Report on vaccination in Madras 1895-1903 - 1895-1903
Year: 1895
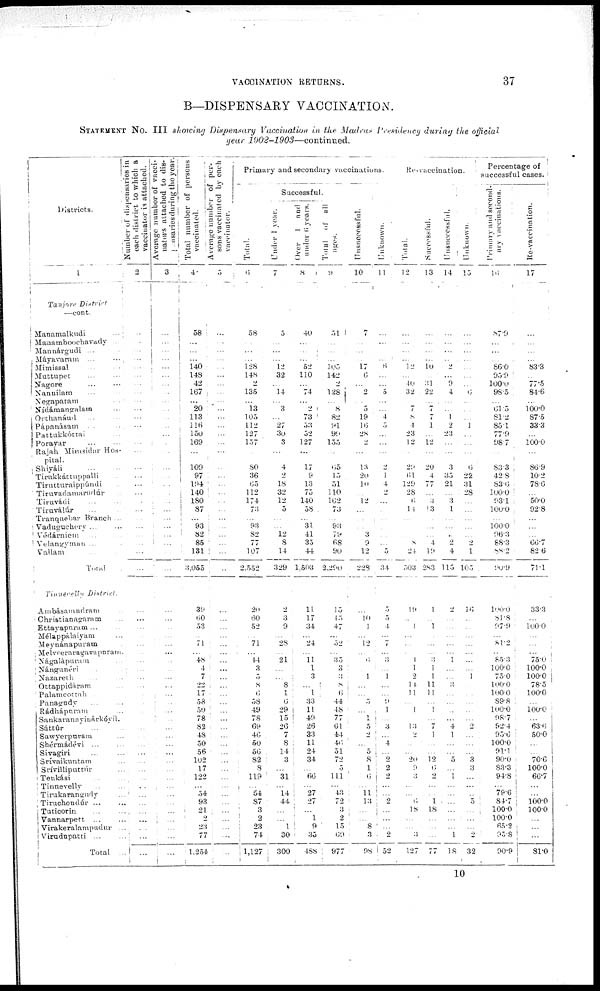
VACCINATION RETURNS.
37
B—DISPENSARY VACCINATION.
STATEMENT No. III showing Dispensary Vaccination in the Madras Presidency during the official
year
1902-1903—continued.
Districts.
1
Tanjore District
—cont.
Manamalkudi
...
Manamboochavady ...
Mannárgudi ... ...
Máyavaram ... ...
Mimissal ... ...
Muttupet ... ...
Nagore
...
...
Nannilam ... ...
Negapatam ...
Nídámangalam ... ...
Orthanáud ... ...
Pápanásam ... ...
Pattukkóttai ... ...
Porayar
...
...
Rajah Mirasidar Hos-
pital.
Shiyáli ... ...
Tirukkáttuppalli ...
Tirutturaippúndi ...
Tiruvadamarudúr ...
Tiruvádi ... ...
Tiraválúr ... ...
Tranquebar Branch ...
Vaduguchery ... ...
Védárniem ... ...
Velangyman ... ...
Vallam ... ...
Total ...
Tinnevelly
District.
Ambásamndram ...
Christianagaram ...
Ettayapuram ... ...
Mélappálaiyarm ...
Meynánapuram ...
Melveeraragavapuram .
Nágalápuram ... ...
Nángunéri ... ...
Nazareth ... ...
Ottappidáram ...
Palamcottah ... ...
Panagudy ... ...
Rádhápuram ... ...
Sankaranayinárkóyil.
Sáttúr ... ...
Sawyerpuram ...
Shérmádévi ... ...
Sivagiri ... ...
Srívaikuntam ...
Srívilliputtúr ... ...
Tenkási ... ...
Tinnevelly ... ...
Tirukarangudy ...
Tiruchendúr ... ...
Tuticorin ... ...
Vannarpett ... ...
Virakeralampudur ...
Virudupatti ... ...
Total
...
Number of dispensaries in
each district to which a
vaccinator is attached.
2
...
...
...
...
...
...
...
...
...
...
...
...
...
...
...
...
...
...
...
...
...
...
...
...
...
...
...
...
...
...
...
...
...
...
...
...
...
...
...
...
...
...
...
...
...
...
...
...
...
...
...
...
...
...
...
...
Average number of vacci-
nators attached to dis-
pensaries during the year.
3
...
...
...
...
...
...
...
...
...
...
...
...
...
...
...
...
...
...
...
...
...
...
...
...
...
...
...
...
...
...
...
...
...
...
...
...
...
...
...
...
...
...
...
...
...
...
...
...
...
...
...
...
...
...
...
...
Total number of persons
vaccinated.
4
58
...
...
...
140
148
42
167
...
20
113
116
150
169
...
109
97
194
140
180
87
...
93
82
85
131
3,055
39
60
53
...
71
...
48
4
7
22
17
58
50
78
82
48
50
56
102
17
122
...
54
93
21
...
23
77
1,254
Average number of per-
sons vaccinated by each
vaccinator.
5
...
...
...
...
...
...
...
...
...
...
...
...
...
...
...
...
...
...
...
...
...
...
...
...
...
...
...
...
...
...
...
...
...
...
...
...
...
...
...
...
...
...
...
...
...
...
...
...
...
...
...
...
2
...
...
...
Primary and secondary vaccinations.
Total.
6
58
...
...
...
128
148
2
135
...
13
105
112
127
157
...
80
36
65
112
174
73
...
93
82
77
107
2,552
20
60
52
...
71
...
14
3
5
8
6
58
49
78
69
46
50
56
82
8
119
...
54
87
3
2
23
74
1,127
Successful.
Under 1 year.
7
5
...
...
...
12
32
...
14
...
3
...
27
30
3
...
4
2
18
32
12
5
...
...
12
8
14
329
2
3
9
...
28
...
21
...
...
8
1
6
29
15
26
7
8
14
3
...
31
...
14
44
...
...
1
30
300
Over 1 and
under 6 years.
8
40
...
...
...
52
110
...
74
...
2
73
53
52
127
...
17
9
13
75
140
58
...
31
41
35
44
1,503
11
17
34
...
24
...
11
1
3
...
1
33
11
49
26
33
11
24
34
...
66
...
27
27
...
1
9
35
488
Total
of all
ages.
9
51
...
...
...
105
142
2
128
... 8
82
91
99
155
...
65 15
51
110
162
73
...
93
79
68
90
2,290
15
15
47
...
52
...
35
3
3
8
6
44
48
77
61
44
46
51
72
5
111
...
43
72
3
2
15
69
977
Unsuccessfull.
10
7
...
...
...
17
6
...
2
...
5
19
16
28
2
...
13
20
10
...
12
...
...
...
3
9
12
228
...
10
1
...
12
...
6
...
1
...
...
5
...
1
5
2
...
5
8
1
6
...
11
13
...
...
8
3
98
Unknown.
11
...
...
...
...
6
...
...
5
...
...
4
5
...
...
...
2
1
4
2
...
...
...
...
...
...
5
34
5
5
4
...
7
...
3
...
1
...
...
9
1
...
3
...
4
...
2
2
2
...
...
2
...
...
...
2
52
Re-vaccination.
Total.
12
...
...
...
...
12
...
40
32
...
7
8
4
23
12
...
29
61
129
28
6
14
...
...
...
8
21
503
19
...
1
...
...
...
1
1
2
11
11
...
1
...
13
2
...
...
20
9
3
...
...
6
18
...
...
3
127
Successful.
13
...
...
...
...
10
...
31
22
...
7
7
1
...
12
...
20
4
77
...
3
13
...
...
...
4
19
283
1
...
1
...
...
...
3
1
1
11
11
...
1
...
7
1
...
...
12
6
2
...
...
1
18
...
...
...
77
Unsuccessful.
14
...
...
...
...
2
...
9 4
...
...
1
2
23
...
...
3
35
21
...
3
1
...
...
..
2
4
115
2
...
...
...
...
...
1
...
...
3
...
...
...
...
4
1
...
...
5
...
1
...
...
...
...
...
...
1
18
Unknown.
15
...
...
...
...
...
...
...
6
...
...
...
1
...
...
...
6
22
31
28
...
...
...
...
...
2
1
105
16
...
...
...
...
...
...
...
1
...
...
...
...
...
2
...
...
...
3
3
...
...
...
5
...
...
...
2
32
Percentage of
successful cases.
Primary and second-
ary vaccinations.
16
87.9
...
...
...
86.0
95.9
100.0
98.5
...
61.5
81.2
85.1
77.9
98.7
...
83.3
42.8
83.6
100.0
93.1
100.0
...
100.0
96.3
88.3
88.2
90.9
100.0
81.8
97.9
...
81.2
... 85.3
100.0
75.0
100.0
100.0
89.8
100.0
98.7
92.4
95.6
100.0
91.1
90.0
83.3
94.8
...
79.6
84.7
100.0
100.0
65.2
95.8
90.9
Re-vaccination.
17
...
...
...
...
83.3
...
77.5
84.6
...
100.0
87.5
33.3
...
100.0
86.9
10.2
78.6
...
50.0
92.8
...
...
...
66.7
82.6
71.1
33.3
...
100.0
...
...
...
75.0
100.0
100.0
78.5
100.0
...
100.0
...
63.6
50.0
...
...
70.6
100.0
66.7
...
...
100.0
100.0
...
...
...
81.0
10